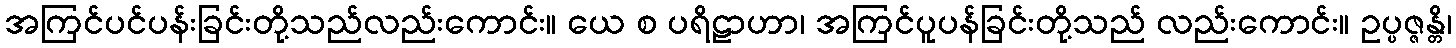
အကြင်ပင်ပန်းခြင်းတို့သည်လည်းကောင်း။ ယေ စ ပရိဠာဟာ၊ အကြင်ပူပန်ခြင်းတို့သည် လည်းကောင်း။ ဥပ္ပဇ္ဇန္တိ၊